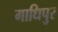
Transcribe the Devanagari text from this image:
गाधिपुर